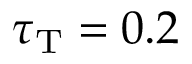
\tau _ { \mathrm { T } } = 0 . 2